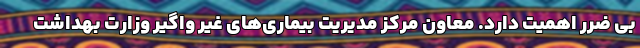
بی ضرر اهمیت دارد. معاون مرکز مدیریت بیماری‌های غیر واگیر وزارت بهداشت